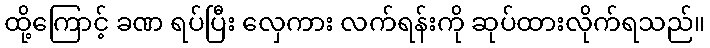
ထို့ကြောင့် ခဏ ရပ်ပြီး လှေကား လက်ရန်းကို ဆုပ်ထားလိုက်ရသည်။